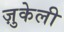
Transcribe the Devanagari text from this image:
ज़ुकेली